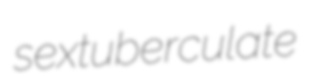
sextuberculate